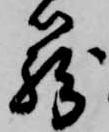
籠